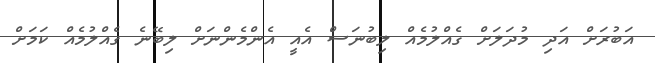
އަބުރަށް އަދި މުދަލަށް ގެއްލުމެއް ލިބުނަސް އެއީ އެންމެންނަށް ލިބޭނެ ގެއްލުމެއް ކަމަށް